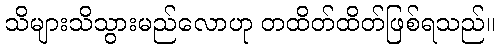
သိများသိသွားမည်လောဟု တထိတ်ထိတ်ဖြစ်ရသည်။